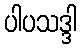
ပါပသဒ္ဒါ